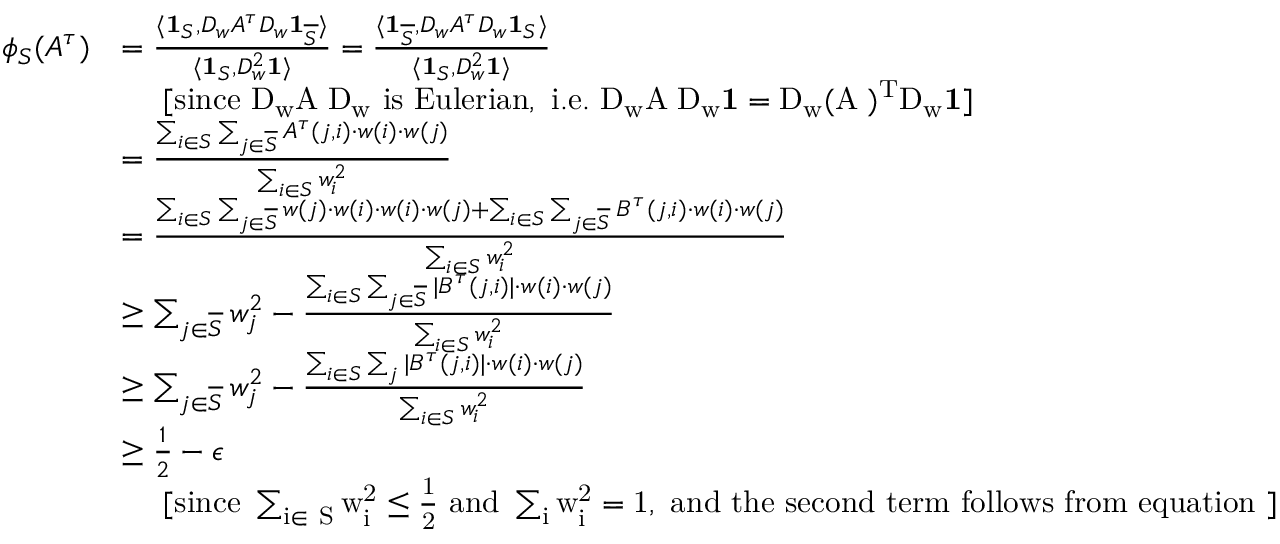
\begin{array} { r l } { \phi _ { S } ( A ^ { \tau } ) } & { = \frac { \langle \mathbf { 1 } _ { S } , D _ { w } A ^ { \tau } D _ { w } \mathbf { 1 } _ { \overline { { S } } } \rangle } { \langle \mathbf { 1 } _ { S } , D _ { w } ^ { 2 } \mathbf { 1 } \rangle } = \frac { \langle \mathbf { 1 } _ { \overline { { S } } } , D _ { w } A ^ { \tau } D _ { w } \mathbf { 1 } _ { S } \rangle } { \langle \mathbf { 1 } _ { S } , D _ { w } ^ { 2 } \mathbf { 1 } \rangle } } \\ & { \ \ \ \ \mathrm { [ s i n c e ~ \ensuremath { D _ { w } A ^ { \tau } D _ { w } } ~ i s ~ E u l e r i a n , ~ i . e . ~ \ensuremath { D _ { w } A ^ { \tau } D _ { w } \mathbf { 1 } = \ensuremath { D _ { w } ( A ^ { \tau } ) ^ { T } D _ { w } } \mathbf { 1 } } ] } } \\ & { = \frac { \sum _ { i \in S } \sum _ { j \in \overline { { S } } } A ^ { \tau } ( j , i ) \cdot w ( i ) \cdot w ( j ) } { \sum _ { i \in S } w _ { i } ^ { 2 } } } \\ & { = \frac { \sum _ { i \in S } \sum _ { j \in \overline { { S } } } w ( j ) \cdot w ( i ) \cdot w ( i ) \cdot w ( j ) + \sum _ { i \in S } \sum _ { j \in \overline { { S } } } B ^ { \tau } ( j , i ) \cdot w ( i ) \cdot w ( j ) } { \sum _ { i \in S } w _ { i } ^ { 2 } } } \\ & { \geq \sum _ { j \in \overline { { S } } } w _ { j } ^ { 2 } - \frac { \sum _ { i \in S } \sum _ { j \in \overline { { S } } } | B ^ { \tau } ( j , i ) | \cdot w ( i ) \cdot w ( j ) } { \sum _ { i \in S } w _ { i } ^ { 2 } } } \\ & { \geq \sum _ { j \in \overline { { S } } } w _ { j } ^ { 2 } - \frac { \sum _ { i \in S } \sum _ { j } | B ^ { \tau } ( j , i ) | \cdot w ( i ) \cdot w ( j ) } { \sum _ { i \in S } w _ { i } ^ { 2 } } } \\ & { \geq \frac { 1 } { 2 } - \epsilon } \\ & { \ \ \ \ \mathrm { [ s i n c e ~ \ensuremath { \sum _ { i \in ~ S } w _ { i } ^ { 2 } \leq \frac { 1 } { 2 } } ~ a n d ~ \ensuremath { \sum _ { i } w _ { i } ^ { 2 } = 1 } , ~ a n d ~ t h e ~ s e c o n d ~ t e r m ~ f o l l o w s ~ f r o m ~ e q u a t i o n ~ ] } } \end{array}